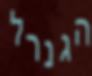
הגנרל